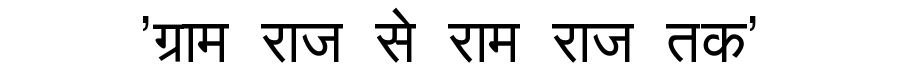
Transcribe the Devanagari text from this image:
'ग्राम राज से राम राज तक'